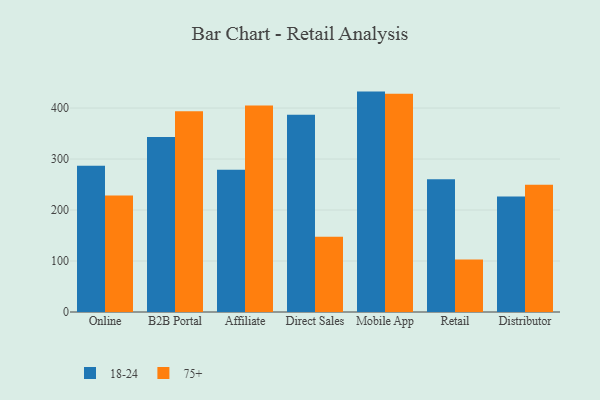
{"axis": {"x": "Channel", "y": "Inventory Turnover"}, "legend": ["18-24", "75+"], "data": [{"x": "Online", "y": 286.7, "type": "18-24"}, {"x": "Online", "y": 228.4, "type": "75+"}, {"x": "B2B Portal", "y": 343.3, "type": "18-24"}, {"x": "B2B Portal", "y": 393.7, "type": "75+"}, {"x": "Affiliate", "y": 278.9, "type": "18-24"}, {"x": "Affiliate", "y": 405.0, "type": "75+"}, {"x": "Direct Sales", "y": 386.7, "type": "18-24"}, {"x": "Direct Sales", "y": 147.6, "type": "75+"}, {"x": "Mobile App", "y": 432.2, "type": "18-24"}, {"x": "Mobile App", "y": 428.0, "type": "75+"}, {"x": "Retail", "y": 260.1, "type": "18-24"}, {"x": "Retail", "y": 102.9, "type": "75+"}, {"x": "Distributor", "y": 226.6, "type": "18-24"}, {"x": "Distributor", "y": 249.4, "type": "75+"}]}